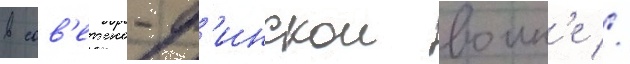
в сов'етско-ф'инскои воин'е //